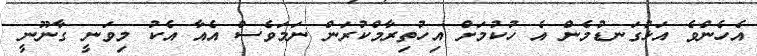
އެހެންވެ އަޅުގަނޑުމެން އެ ހުކުމަށް އިހުތިރާމްކުރަން ނަމަވެސް އެއާ އެކު މިވަނީ ގާނޫނީ